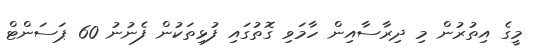
މީގެ އިތުރުން މި ދިރާސާއިން ހާމަވި ގޮތުގައި ފުޅިތަކުން ފެނުނު 60 ޕަސަންޓް